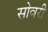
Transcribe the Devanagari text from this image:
सोवरी